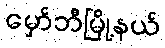
မှော်ဘီမြို့နယ်